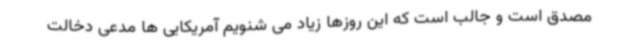
مصدق است و جالب است که این روزها زیاد می شنویم آمریکایی ها مدعی دخالت